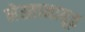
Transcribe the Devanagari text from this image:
नेस्तानाबूत